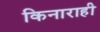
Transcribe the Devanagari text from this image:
किनाराही